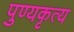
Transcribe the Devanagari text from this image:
पुण्यकृत्य